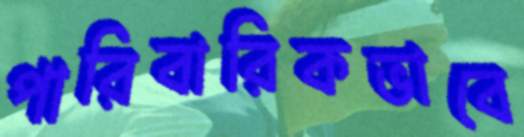
পারিবারিকভাবে